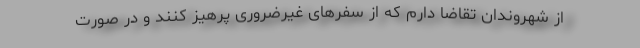
از شهروندان تقاضا دارم که از سفرهای غیرضروری پرهیز کنند و در صورت